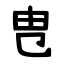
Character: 㕀